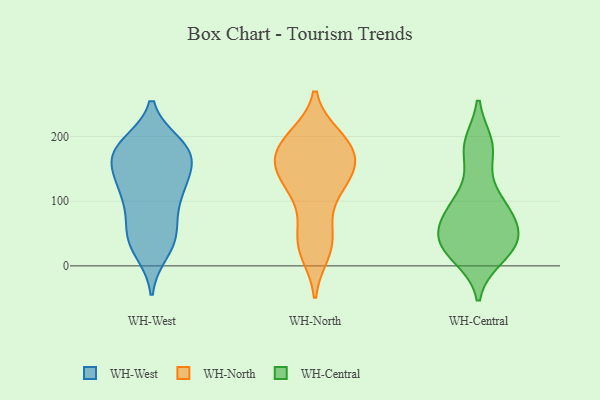
{"axis": {"x": "Tickets Resolved", "y": "Value"}, "legend": ["WH-Central", "WH-North", "WH-West"], "data": [{"x": "", "y": 187, "type": "WH-West"}, {"x": "", "y": 180, "type": "WH-West"}, {"x": "", "y": 42, "type": "WH-West"}, {"x": "", "y": 183, "type": "WH-West"}, {"x": "", "y": 122, "type": "WH-West"}, {"x": "", "y": 157, "type": "WH-West"}, {"x": "", "y": 50, "type": "WH-West"}, {"x": "", "y": 162, "type": "WH-West"}, {"x": "", "y": 175, "type": "WH-West"}, {"x": "", "y": 127, "type": "WH-West"}, {"x": "", "y": 23, "type": "WH-West"}, {"x": "", "y": 85, "type": "WH-West"}, {"x": "", "y": 52, "type": "WH-West"}, {"x": "", "y": 178, "type": "WH-West"}, {"x": "", "y": 97, "type": "WH-West"}, {"x": "", "y": 177, "type": "WH-West"}, {"x": "", "y": 122, "type": "WH-West"}, {"x": "", "y": 32, "type": "WH-West"}, {"x": "", "y": 126, "type": "WH-West"}, {"x": "", "y": 63, "type": "WH-North"}, {"x": "", "y": 159, "type": "WH-North"}, {"x": "", "y": 193, "type": "WH-North"}, {"x": "", "y": 127, "type": "WH-North"}, {"x": "", "y": 149, "type": "WH-North"}, {"x": "", "y": 181, "type": "WH-North"}, {"x": "", "y": 132, "type": "WH-North"}, {"x": "", "y": 107, "type": "WH-North"}, {"x": "", "y": 143, "type": "WH-North"}, {"x": "", "y": 194, "type": "WH-North"}, {"x": "", "y": 199, "type": "WH-North"}, {"x": "", "y": 164, "type": "WH-North"}, {"x": "", "y": 179, "type": "WH-North"}, {"x": "", "y": 159, "type": "WH-North"}, {"x": "", "y": 32, "type": "WH-North"}, {"x": "", "y": 123, "type": "WH-North"}, {"x": "", "y": 195, "type": "WH-North"}, {"x": "", "y": 28, "type": "WH-North"}, {"x": "", "y": 45, "type": "WH-North"}, {"x": "", "y": 21, "type": "WH-North"}, {"x": "", "y": 187, "type": "WH-Central"}, {"x": "", "y": 82, "type": "WH-Central"}, {"x": "", "y": 106, "type": "WH-Central"}, {"x": "", "y": 54, "type": "WH-Central"}, {"x": "", "y": 85, "type": "WH-Central"}, {"x": "", "y": 37, "type": "WH-Central"}, {"x": "", "y": 179, "type": "WH-Central"}, {"x": "", "y": 39, "type": "WH-Central"}, {"x": "", "y": 30, "type": "WH-Central"}, {"x": "", "y": 15, "type": "WH-Central"}]}